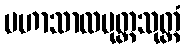
မဟာသာလပုတ္တသုတ္တံ